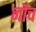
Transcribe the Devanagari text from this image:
नोंच